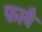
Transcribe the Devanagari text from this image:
फ़ाबै